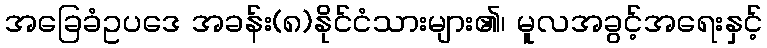
အခြေခံဥပဒေ အခန်း(၈)နိုင်ငံသားများ၏၊ မူလအခွင့်အရေးနှင့်